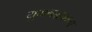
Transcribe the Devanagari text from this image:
युगनद्धवग्ग